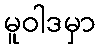
မူဝါဒမှာ